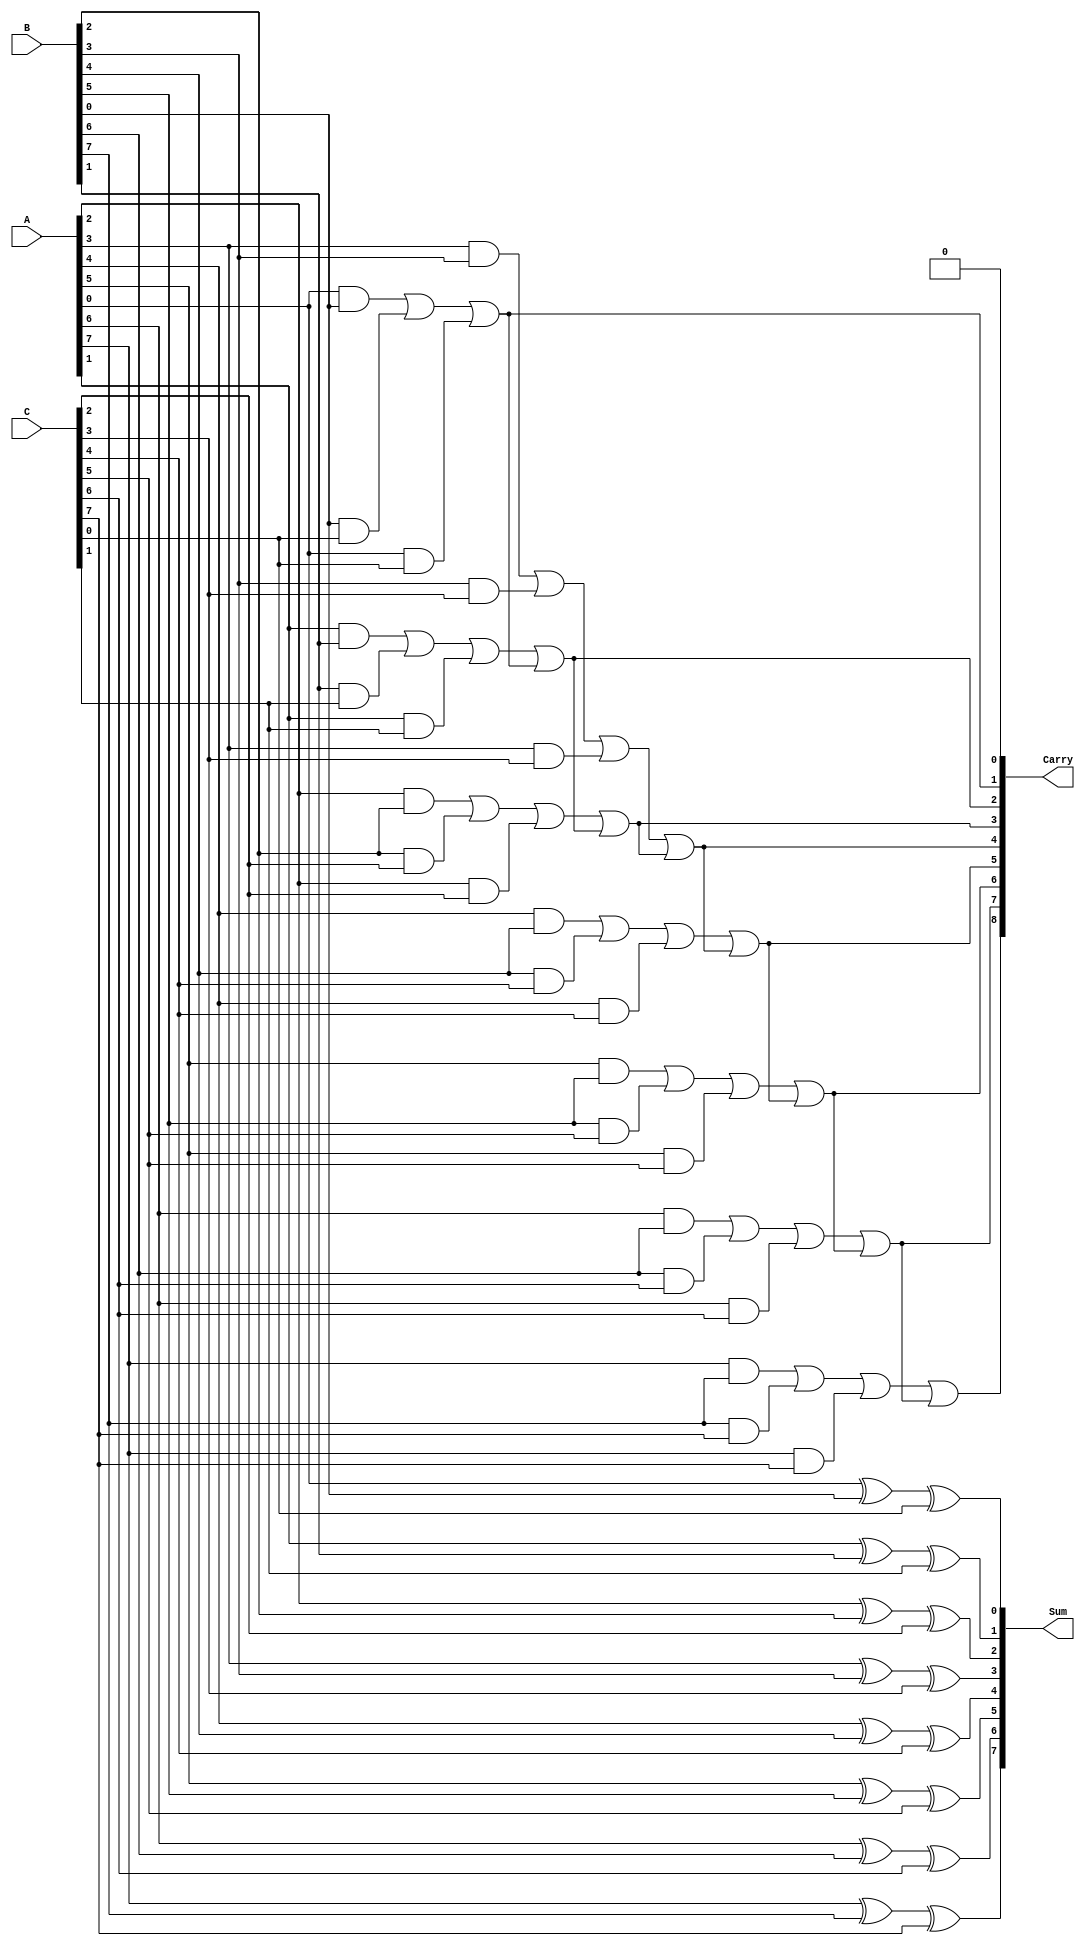
module CarrySaveAdder #(parameter N = 8) (
    input  [N-1:0] A,      // First operand
    input  [N-1:0] B,      // Second operand
    input  [N-1:0] C,      // Third operand
    output [N-1:0] Sum,     // Output sum
    output [N:0]   Carry    // Output carry
);

    // Intermediate variables for carry bits
    wire [N-1:0] P, Q, R;

    // Calculate preliminary sum bits and carry bits
    genvar i;
    generate
        for (i = 0; i < N; i = i + 1) begin: CSA_bits
            // Sum bit: A[i] XOR B[i] XOR C[i]
            assign Sum[i] = A[i] ^ B[i] ^ C[i];
            
            // Carry bit calculation
            // C[i+1] (carry bit to next position) is managed separately
            assign P[i] = A[i] & B[i];
            assign Q[i] = B[i] & C[i];
            assign R[i] = A[i] & C[i];
        end
    endgenerate

    // Generate the carry: Carryings may result in an N+1 size output due to C[N]
    assign Carry[0] = 1'b0; // Initial carry is zero
    generate
        for (i = 0; i < N; i = i + 1) begin: Carry_generation
            // Carry for next bit position comes from the combination of the previous carries
            assign Carry[i+1] = P[i] | Q[i] | R[i] | Carry[i];
        end
    endgenerate

endmodule